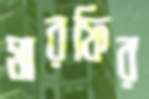
মারফির